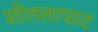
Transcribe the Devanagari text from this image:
शीतलाघाट